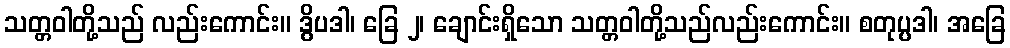
သတ္တဝါတို့သည် လည်းကောင်း။ ဒွိပဒါ၊ ခြေ ၂၊ ချောင်းရှိသော သတ္တဝါတို့သည်လည်းကောင်း။ စတုပ္ပဒါ၊ အခြေ